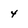
Character: 4